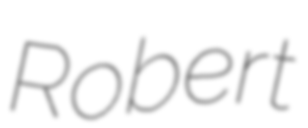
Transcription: Robert